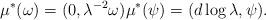
LaTeX: \begin{align*}\mu^\ast(\omega ) = (0, \lambda^{-2} \omega) \mu^\ast(\psi) = (d\log \lambda , \psi).\end{align*}